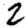
Digit: 2